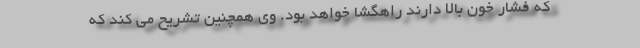
که فشار خون بالا دارند راهگشا خواهد بود. وی همچنین تشریح می کند که